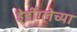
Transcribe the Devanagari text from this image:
हेडींग्लेच्या